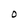
Character: o